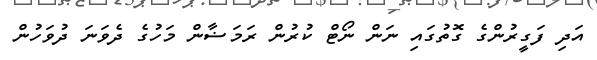
އަދި ފަގީރުންގެ ގޮތުގައި ނަން ނޯޓް ކުރުން ރަމަޟާން މަހުގެ ދެވަނަ ދުވަހުން